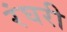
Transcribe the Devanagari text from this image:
रंघरी